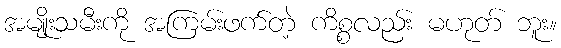
အမျိုးသမီးကို အကြမ်းဖက်တဲ့ ကိစ္စလည်း မဟုတ် ဘူး။